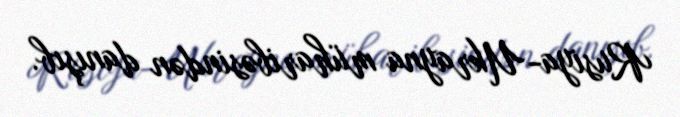
Rusiya-Ukrayna müharibəsindən danışıb.